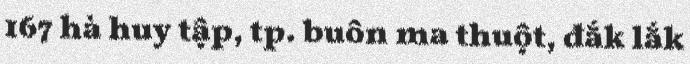
167 hà huy tập, tp. buôn ma thuột, đắk lắk